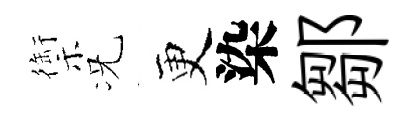
禦况更染鄒